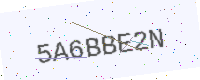
Text: 5A6BBE2N